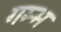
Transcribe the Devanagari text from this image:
गम्भ